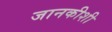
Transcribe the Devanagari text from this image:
जानकीशी